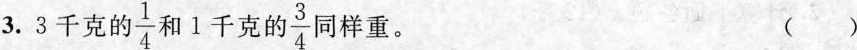
3. 3千克的 \frac{1}{4} 和1千克自 \frac{3}{4} 司样重。 ( )